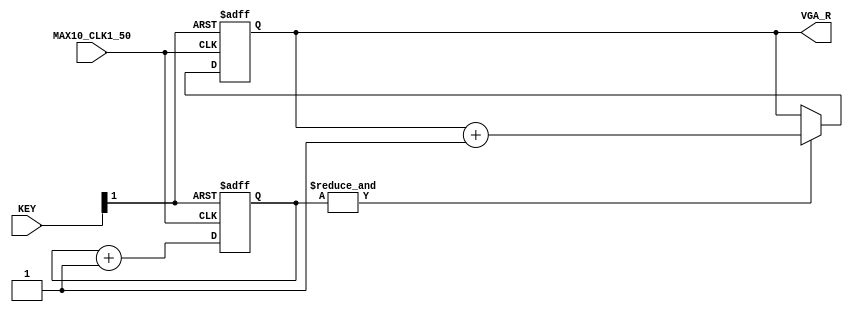
module triangle_gen(MAX10_CLK1_50, KEY, VGA_R);

input           MAX10_CLK1_50;
input   [1:0]   KEY;
output  [3:0]   VGA_R;

reg     [9:0]   clk_div_cnt;
reg     [3:0]   dac_cnt;

wire    sys_clk     = MAX10_CLK1_50;
wire    sys_rst_n   = KEY[1];

assign VGA_R = dac_cnt;

always @(posedge sys_clk, negedge sys_rst_n) begin
    if(~sys_rst_n) begin
        clk_div_cnt <= 10'd0;
    end else begin
        clk_div_cnt <= clk_div_cnt + 1'b1;
    end
end

always @(posedge sys_clk, negedge sys_rst_n) begin
    if(~sys_rst_n) begin
        dac_cnt <= 4'd0;
    end else begin
        if(&clk_div_cnt)
            dac_cnt <= dac_cnt + 1'b1;
    end
end


endmodule